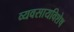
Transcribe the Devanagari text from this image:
व्यवसायविशेष